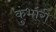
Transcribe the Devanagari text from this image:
कुंभारी